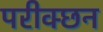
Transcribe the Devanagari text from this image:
परीक्छन